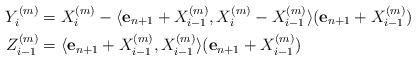
LaTeX: \begin{align*}Y_i^{(m)}&=X_i^{(m)}-\langle {\bf e}_{n+1}+X_{i-1}^{(m)},X_i^{(m)}-X_{i-1}^{(m)}\rangle ({\bf e}_{n+1}+X_{i-1}^{(m)})\\Z_{i-1}^{(m)}&=\langle {\bf e}_{n+1}+X_{i-1}^{(m)},X_{i-1}^{(m)}\rangle ({\bf e}_{n+1}+X_{i-1}^{(m)})\end{align*}